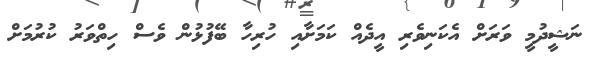
ނަޝީދުމީ ވަރަށް އެކަނިވެރި އީދެއް ކަމަށާއި ހުރިހާ ބޭފުޅުން ވެސް ހިތްވަރު ކުރުމަށް